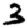
Digit: 3